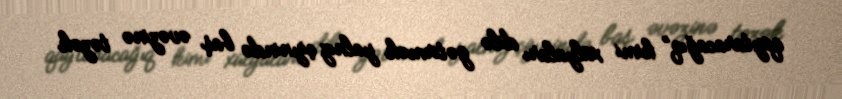
qaytaracağıq” kimi xülyaları dilə gətirmək yalnız çiynində baş əvəzinə təzək